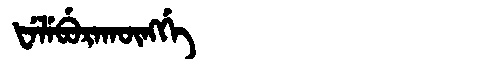
Manchu: ᡶᡝᠯᡝᠪᡠᡵᠠᡴᡡᠩᡤᡝ
Romanization: FELEBURAKŪNGGE